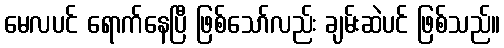
မေလပင် ရောက်နေပြီ ဖြစ်သော်လည်း ချမ်းဆဲပင် ဖြစ်သည်။